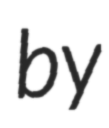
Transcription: by